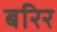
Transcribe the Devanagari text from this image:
बरिर